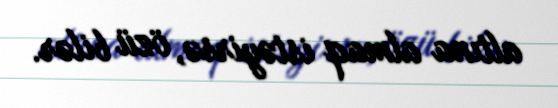
altına almaq istəyirsə, özü bilər.